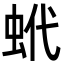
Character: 蚮